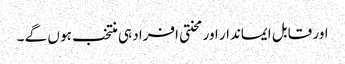
اور قابل ایماندار اور محنتی افراد ہی منتخب ہو ں گے ۔